Insane asylums in Bengal annual reports 1867-1875 - 1867-1875
Year: 1867
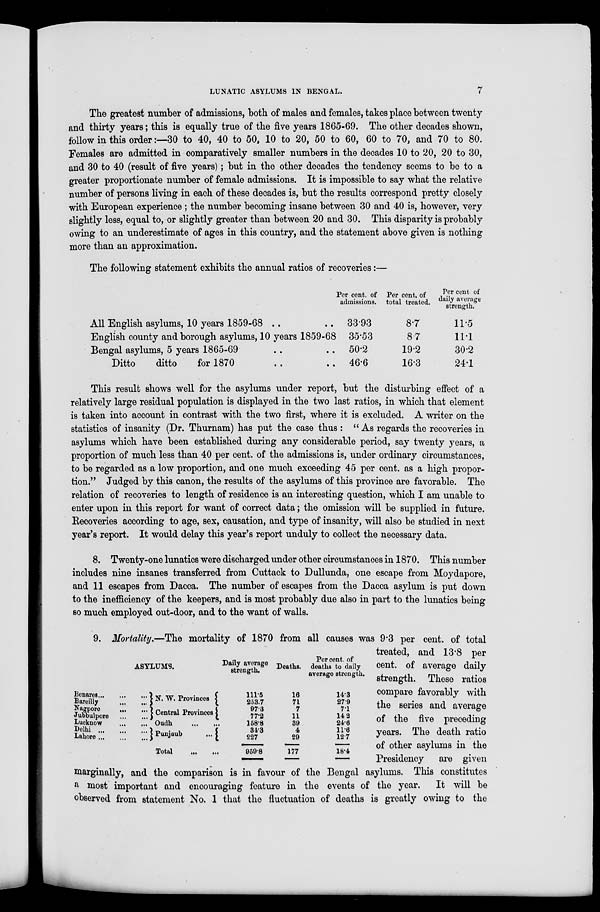
LUNATIC ASYLUMS IN BENGAL.
7
The greatest number of admissions, both of males and females, takes place between twenty
and thirty years ; this is equally true of the five years 1865-69. The other decades shown,
follow in this order:—30 to 40, 40 to 50, 10 to 20, 50 to 60, 60 to 70, and 70 to 80.
Females are admitted in comparatively smaller numbers in the decades 10 to 20, 20 to 30,
and 30 to 40 (result of five years); but in the other decades the tendency seems to be to a
greater proportionate number of female admissions. It is impossible to say what the relative
number of persons living in each of these decades is, but the results correspond pretty closely
with European experience ; the number becoming insane between 30 and 40 is, however, very
slightly less, equal to, or slightly greater than between 20 and 30. This disparity is probably
owing to an underestimate of ages in this country, and the statement above given is nothing
more than an approximation.
The following statement exhibits the annual ratios of recoveries:—
All English asylums, 10 years 1859-68 .. ..
English county and borough asylums, 10 years 1859-68
Bengal asylums, 5 years 1865-69 .. ..
Ditto
ditto
for 1870 .. ..
Per cent. of
admissions.
33.93
35.53
50.2
46.6
Per cent. of
total treated.
8.7
8.7
19.2
16.3
Per cent of
daily average
strength.
11.5
11.1
30.2
24.1
This result shows well for the asylums under report, but the disturbing effect of a
relatively large residual population is displayed in the two last ratios, in which that element
is taken into account in contrast with the two first, where it is excluded. A writer on the
statistics of insanity (Dr. Thurnam) has put the case thus : "As regards the recoveries in
asylums which have been established during any considerable period, say twenty years, a
proportion of much less than 40 per cent. of the admissions is, under ordinary circumstances,
to be regarded as a low proportion, and one much exceeding 45 per cent. as a high propor-
tion." Judged by this canon, the results of the asylums of this province are favorable. The
relation of recoveries to length of residence is an interesting question, which I am unable to
enter upon in this report for want of correct data ; the omission will be supplied in future.
Recoveries according to age, sex, causation, and type of insanity, will also be studied in next
year's report. It would delay this year's report unduly to collect the necessary data.
8. Twenty-one lunatics were discharged under other circumstances in 1870. This number
includes nine insanes transferred from Cuttack to Dullunda, one escape from Moydapore,
and 11 escapes from Dacca. The number of escapes from the Dacca asylum is put down
to the inefficiency of the keepers, and is most probably due also in part to the lunatics being
so much employed out-door, and to the want of walls.
ASYLUMS.
Benares
...
...
...
Bareilly
...
...
Nagpore
...
...
Jubbulpore
...
...
Lucknow
...
...
Delhi
...
...
...
Lahore ...
...
...
N. W. Provinces
Central Provinces
Oudh
...
...
Punjaub
...
Total
...
...
Daily average
strength.
111.5
253.7
97.3
77.2
158.8
34.3
227
959.8
Deaths.
16
71
7
11
39
4
29
177
Per cent. of
deaths to daily
average strength.
14.3
27.9
7.1
14.2
24.6
11.6
12.7
18.4
9. Mortality.—The mortality of 1870 from all causes was 9.3 per cent. of total
treated, and 13.8 per
cent. of average daily
strength. These ratios
compare favorably with
the series and average
of the five preceding
years. The death ratio
of other asylums in the
Presidency
are given
marginally, and the comparison is in favour of the Bengal asylums. This constitutes
a most important and encouraging feature in the events of the year.
It will be
observed from statement No. 1 that the fluctuation of deaths is greatly owing to the